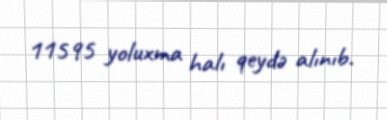
11595 yoluxma halı qeydə alınıb.